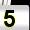
Digit: 5